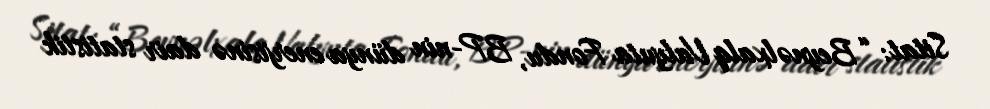
Sitat: “Beynəlxalq Valyuta Fondu, BP-nin dünya enerjisinə dair statistik